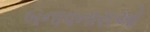
બનાવનારાઓ